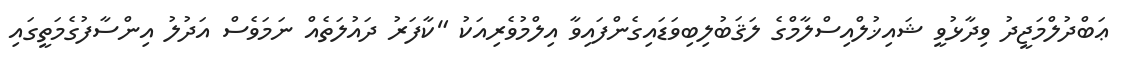
ޢަބްދުލްމަޖީދު ވިދާޅުވީ ޝައިޚުލްއިސްލާމްގެ ލަޤަބުލިބިވަޑައިގެންފައިވާ އިލްމުވެރިއަކު "ކާފަރު ދައުލަތެއް ނަމަވެސް އަދުލު އިންސާފުގެމަތީގައި